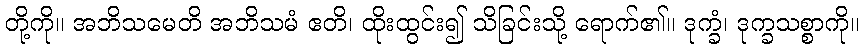
တို့ကို။ အဘိသမေတိ အဘိသမံ ဧတိ၊ ထိုးထွင်း၍ သိခြင်းသို့ ရောက်၏။ ဒုက္ခံ၊ ဒုက္ခသစ္စာကို။